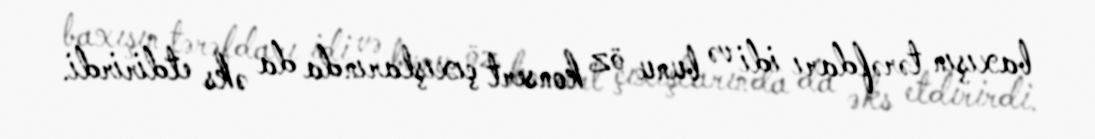
baxışın tərəfdarı idi və bunu öz konsert çıxışlarında da əks etdirirdi.